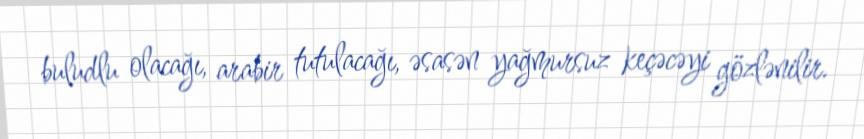
buludlu olacağı, arabir tutulacağı, əsasən yağmursuz keçəcəyi gözlənilir.